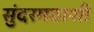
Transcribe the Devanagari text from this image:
सुंदरमठाशी